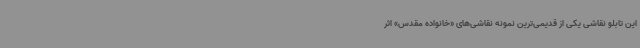
این تابلو نقاشی یکی از قدیمی‌ترین نمونه نقاشی‌های «خانواده مقدس» اثر